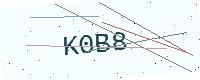
Text: K0B8